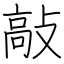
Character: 敲